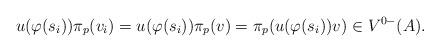
LaTeX: \begin{align*}u(\varphi(s_{i}))\pi_{p}(v_{i})=u(\varphi(s_{i}))\pi_{p}(v)=\pi_{p}(u(\varphi(s_{i}))v)\in V^{0-}(A).\end{align*}